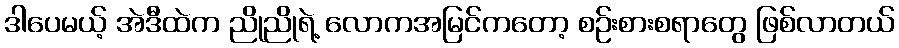
ဒါပေမယ့် အဲဒီထဲက ညိုညိုရဲ့ လောကအမြင်ကတော့ စဉ်းစားစရာတွေ ဖြစ်လာတယ်